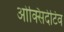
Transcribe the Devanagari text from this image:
ओक्सिदेटिव